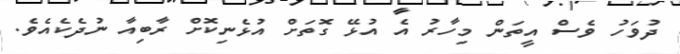
ދުވަހު ވެސް އީތަން މިހާރު އެ އުޅޭ ގޮތަށް އުޅެނިކޮށް ރާބިއާ ނުދެކެއެވެ.